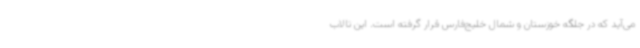
می‌آید که در جلگه خوزستان و شمال خلیج‌فارس قرار گرفته است. این تالاب